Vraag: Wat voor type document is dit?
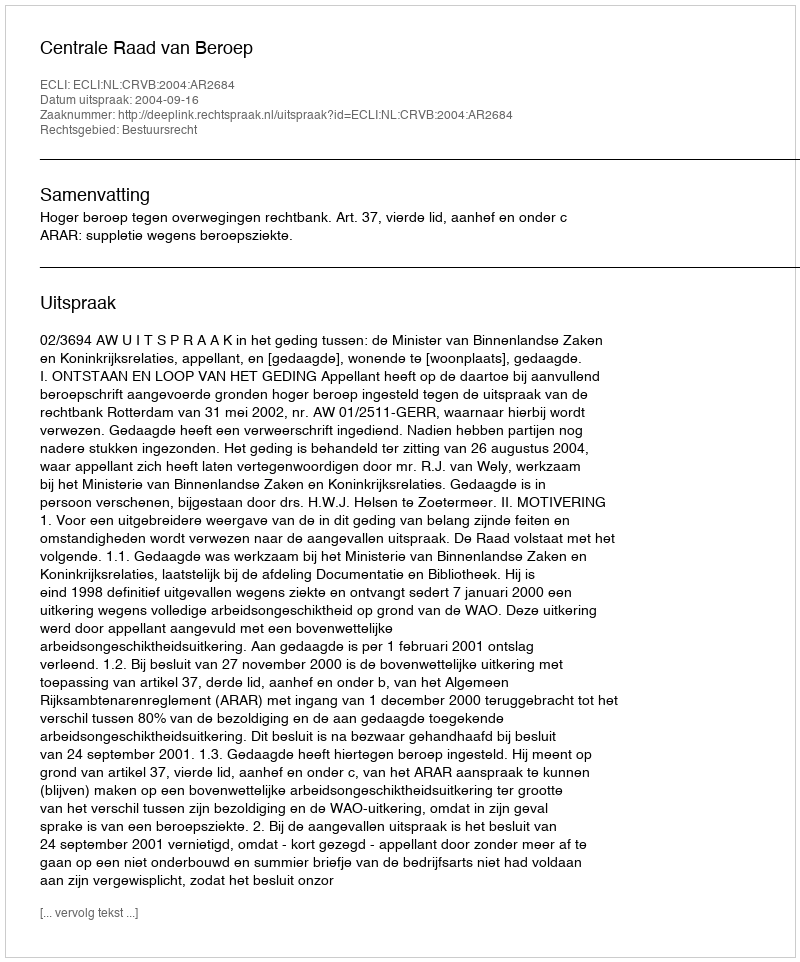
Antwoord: Uitspraak